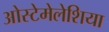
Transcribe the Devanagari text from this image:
ओस्टेमेलेशिया